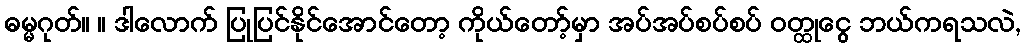
ဓမ္မဂုတ်။ ။ ဒါလောက် ပြုပြင်နိုင်အောင်တော့ ကိုယ်တော့်မှာ အပ်အပ်စပ်စပ် ဝတ္ထုငွေ ဘယ်ကရသလဲ,